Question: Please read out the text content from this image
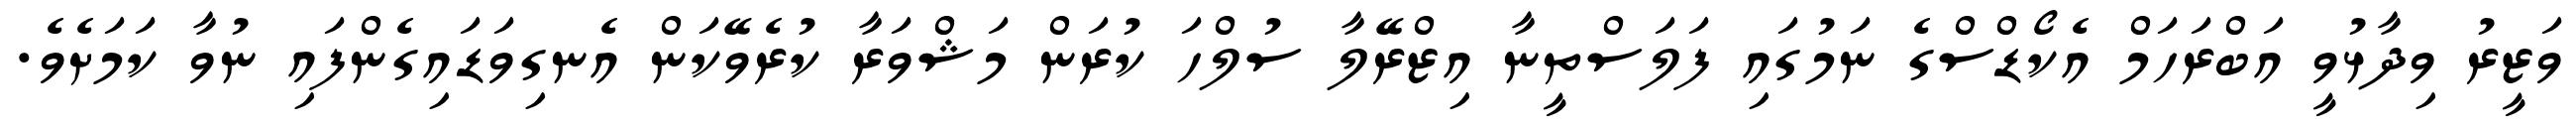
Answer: ވަޒީރު ވިދާޅުވީ އަބްރަހަމް އެކޯޑްސްގެ ނަމުގައި ފަލަސްތީނާ އިޒްރޭލާ ސުލްހަ ކުރަން މަޝްވަރާ ކުރެވޭކަން އެނގިވަޑައިގެންފައި ނުވާ ކަމަށެވެ.